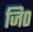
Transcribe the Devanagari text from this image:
जि०